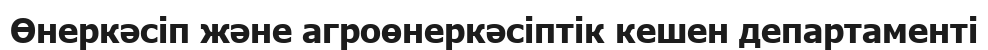
Өнеркәсіп және агроөнеркәсіптік кешен департаменті